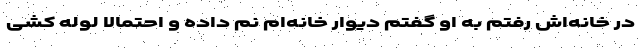
در خانه‌اش رفتم به او گفتم دیوار خانه‌ام نم داده و احتمالاً لوله کشی